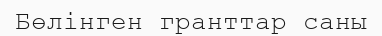
Бөлінген гранттар саны